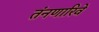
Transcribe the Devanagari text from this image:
तंनणारिवे